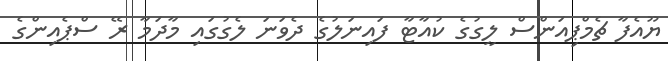
ޔޫއެފާ ޗެމްޕިއަންސް ލީގުގެ ކުއާޓާ ފައިނަލުގެ ދެވަނަ ލެގުގައި މާދަމާ ރޭ ސްޕެއިންގެ